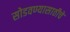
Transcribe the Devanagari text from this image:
सोडवण्यासाठीचे